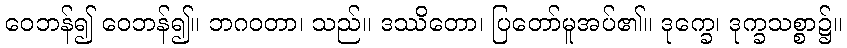
ဝေဘန်၍ ဝေဘန်၍။ ဘဂဝတာ၊ သည်။ ဒဿိတော၊ ပြတော်မူအပ်၏။ ဒုက္ခေ၊ ဒုက္ခသစ္စာ၌။